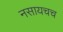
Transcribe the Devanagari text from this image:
नसायचच